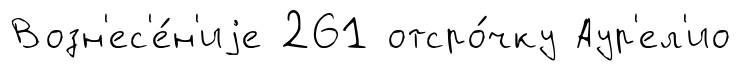
Возн'ес'е́н'иjе 261 отсро́чку Аур'ел'ио